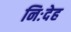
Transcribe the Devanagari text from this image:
निःदेह